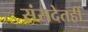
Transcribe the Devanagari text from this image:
संसदेतही